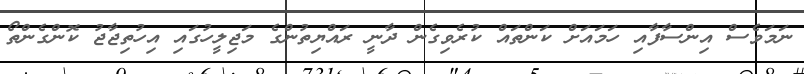
ނަމަވެސް އިންސާފާއި ހަމައަށް ކަންތައް ކުރެވިގެން ދާނީ ރައްޔިތުންގެ މަޖިލީހުގައި އިހުތިޖާޖު ކޮންގެންތޯ